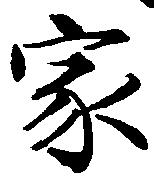
家